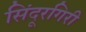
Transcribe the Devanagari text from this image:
सिंदूरगिरी